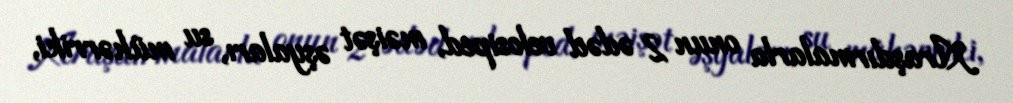
Araşdırmalarla onun 2 ədəd velosiped, məişət əşyaları, su mühərriki,